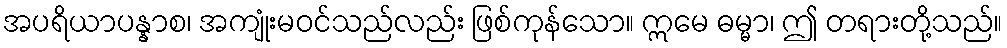
အပရိယာပန္နာစ၊ အကျုံးမဝင်သည်လည်း ဖြစ်ကုန်သော။ ဣမေ ဓမ္မာ၊ ဤ တရားတို့သည်။